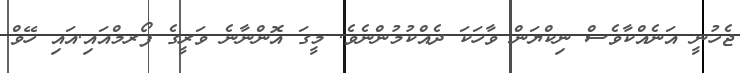
ޖެހުނީ އަނެއްކާވެސް ނިކްޔަން ވާހަކަ ދެއްކުމުންނެވެ. މީގަ އޮންނާނެ ވަރީގެ ފޯރމްއައި.އައި ހޭވް